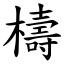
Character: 檮